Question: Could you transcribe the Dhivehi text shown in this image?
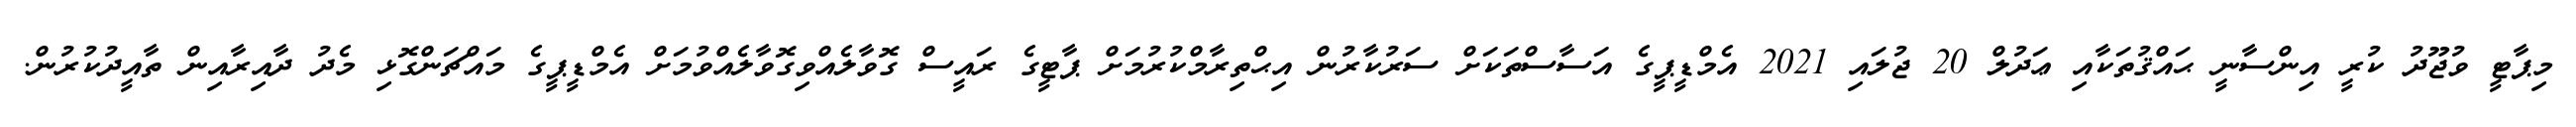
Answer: މިޕާޓީ ވުޖޫދު ކުރީ އިންސާނީ ޙައްޤުތަކާއި ޢަދުލް 20 ޖުލައި 2021 އެމްޑީޕީގެ އަސާސްތަކަށް ސަރުކާރުން އިޙްތިރާމްކުރުމަށް ޕާޓީގެ ރައީސް ގޮވާލެއްވިގޮވާލެއްވުމަށް އެމްޑީޕީގެ މައްޗަންގޮޅި މެދު ދާއިރާއިން ތާއީދުކުރުން.